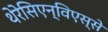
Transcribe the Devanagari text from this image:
थेरेसिएन्विएस्से